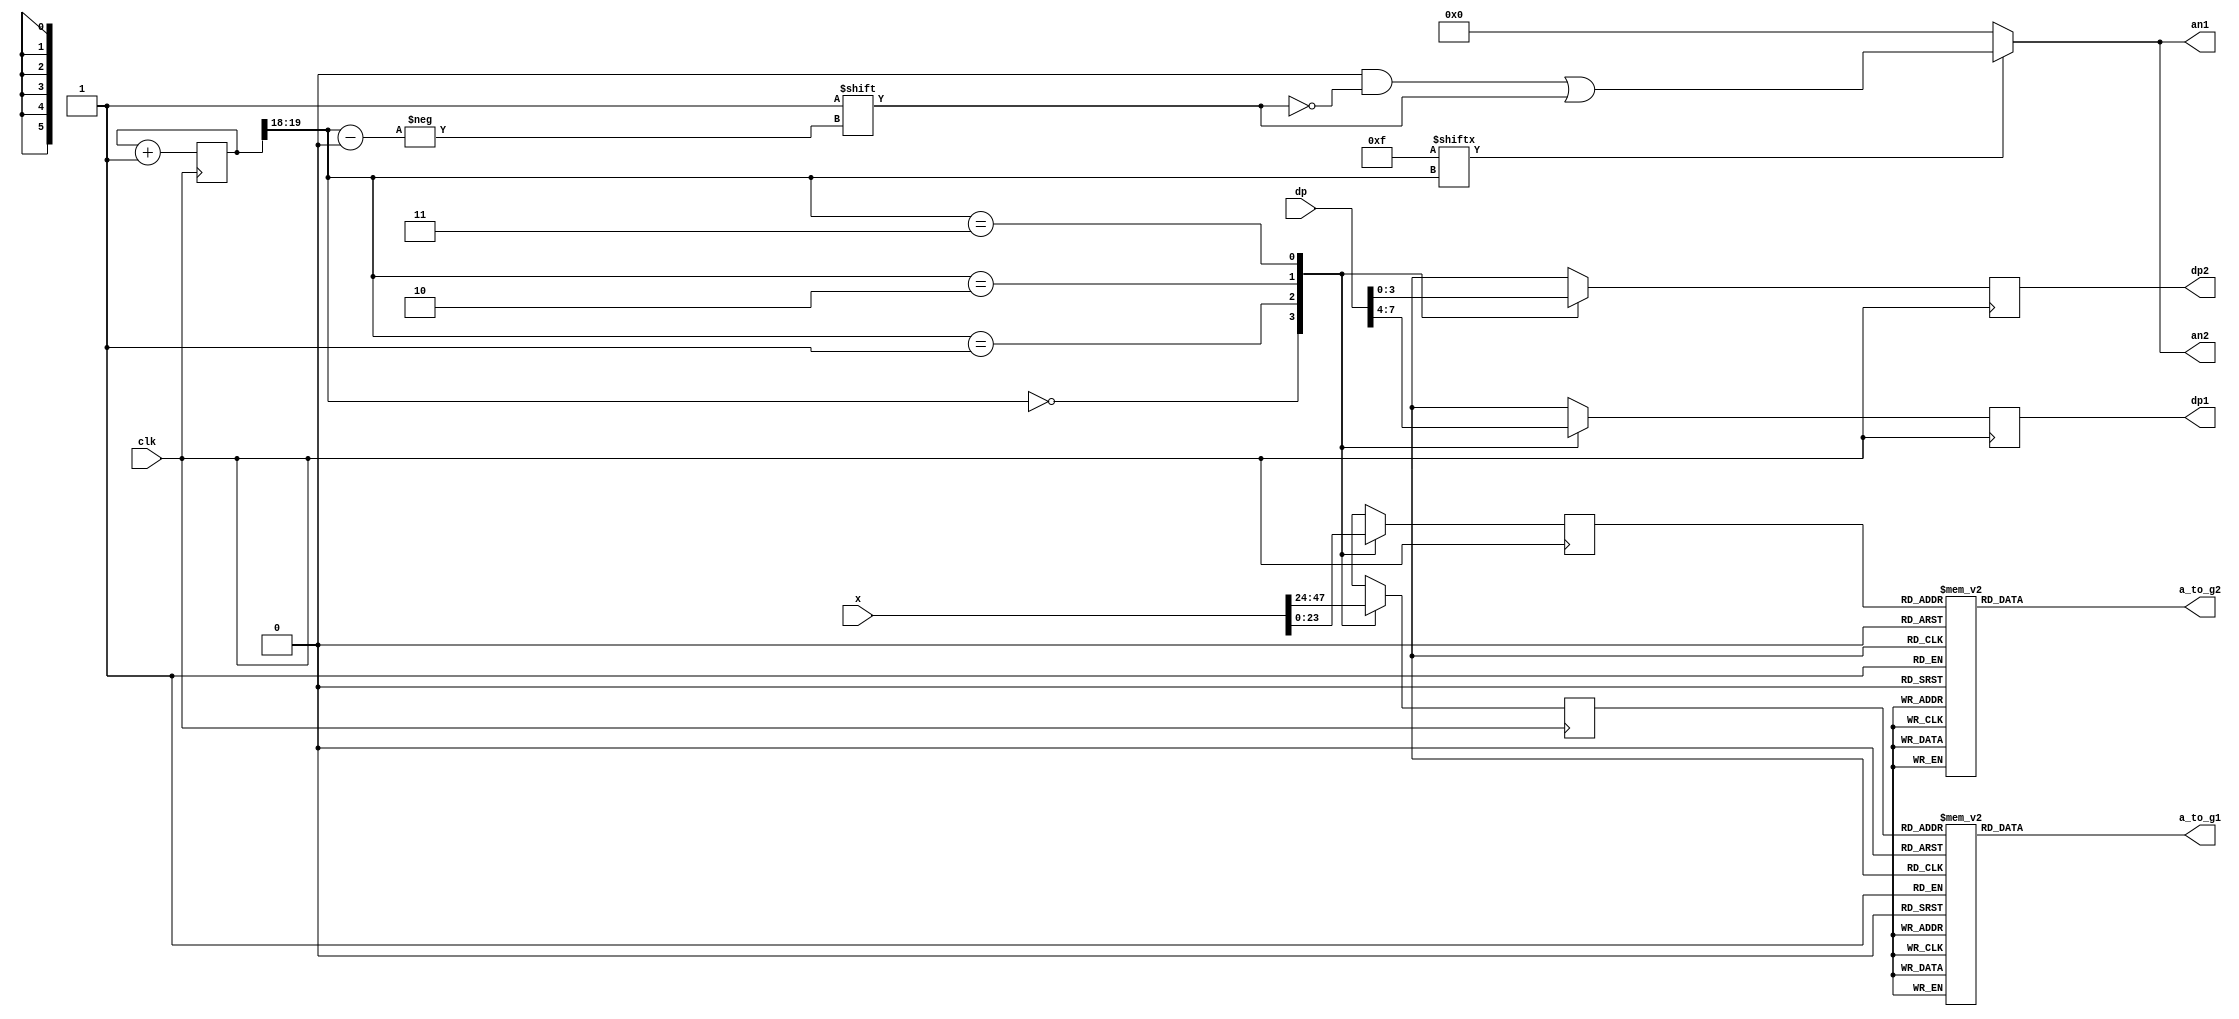
`timescale 1ns / 1ps
//////////////////////////////////////////////////////////////////////////////////
// Company: 
// Engineer: 
// 
// Design Name: 
// Module Name: seg7decimal
// Project Name: 
// Target Devices: 
// Tool Versions: 
// Description: 
// 
// Dependencies: 
// 
// Revision:
// Revision 0.01 - File Created
// Additional Comments:
// 
//////////////////////////////////////////////////////////////////////////////////


module seg7(
    input [47:0] x,
    input [7:0] dp,
    input clk,
    //input clr,
    //input [7:0]star,
    output reg [6:0] a_to_g1,
    output reg [3:0] an1,
    output reg [6:0] a_to_g2,
    output reg [3:0] an2,
    output reg dp1,
    output reg dp2//,
    //test
    /*output [19:0] clkdiv,
    output [5:0] digit1,
    output [5:0] digit2,
    output [3:0] aen*/
);


    wire [1:0] s;
    reg [5:0] digit1;
    reg [5:0] digit2;
    wire [3:0] aen;
    reg [19:0] clkdiv;
    //reg [7:0] onstar;

    initial begin
         dp1 = 0;
         dp2 = 0;
         //onstar = star;
    end
    assign s = clkdiv[19:18];
    assign aen = 4'b1111; // all turned off initially

    // quad 4to1 MUX.
    initial clkdiv = 20'b0;
    initial begin
        a_to_g1 = 7'b0000000;
        a_to_g2 = 7'b0000000;
    end
    always @(posedge clk) // or posedge clr)
    case(s)
        0:begin
            digit2 = x[23:18];
            digit1 = x[47:42];
            dp1 = dp[7];
            dp2 = dp[3];
        end // s is 00 -->0 ;  digit gets assigned 4 bit value assigned to x[3:0]
        1:begin
            digit2 = x[17:12];
            digit1 = x[41:36];
            dp1 = dp[6];
            dp2 = dp[2];
        end // s is 01 -->1 ;  digit gets assigned 4 bit value assigned to x[7:4]
        2:begin
            digit2 = x[11:6];
            digit1 = x[35:30]; // s is 10 -->2 ;  digit gets assigned 4 bit value assigned to x[11:8
            dp1 = dp[5];
            dp2 = dp[1];
        end
        3:begin
            digit2 = x[5:0];
            digit1 = x[29:24]; // s is 11 -->3 ;  digit gets assigned 4 bit value assigned to x[15:12]
            dp1 = dp[4];
            dp2 = dp[0];
        end
        default:begin
            digit2 = x[5:0];
            digit1 = x[29:24];
            dp1 = 0;
            dp2 = 0;
        end
    endcase

    //decoder or truth-table for 7a_to_g display values
    always @(*) begin
        case(digit1)
            //////////<---MSB-LSB<---
            //////////////gfedcba////////////////////////////////////////////              a
            0:a_to_g1 = 7'b0111111; ////0000                                                   __                    
            1:a_to_g1 = 7'b0000110; ////0001                                                f/      /b
            2:a_to_g1 = 7'b1011011; ////0010                                                                         __    
            3:a_to_g1 = 7'b1001111; ////0011                                              e /   /c
            4:a_to_g1 = 7'b1100110; ////0100                                                 __
            5:a_to_g1 = 7'b1101101; ////0101                                               d  
            6:a_to_g1 = 7'b1111101; ////0110
            7:a_to_g1 = 7'b0000111; ////0111
            8:a_to_g1 = 7'b1111111; ////1000
            9:a_to_g1 = 7'b1101111; ////1001
            'hA:a_to_g1 = 7'b1110111; // dash-(g)
            'hB:a_to_g1 = 7'b1111100; // all turned off
            'hC:a_to_g1 = 7'b0111001;
            'hD:a_to_g1 = 7'b1011110; // dash-(g)
            'hE:a_to_g1 = 7'b1111001; // all turned off
            'hF:a_to_g1 = 7'b1110001; //gfedcba
            16:a_to_g1 = 7'b0111101; //G
            17:a_to_g1 = 7'b1110110; //H
            18:a_to_g1 = 7'b0110000; //I
            19:a_to_g1 = 7'b0011110; //J
            20:a_to_g1 = 7'b1110100; //K
            21:a_to_g1 = 7'b0111000; //L
            22:a_to_g1 = 7'b0110111; //M
            23:a_to_g1 = 7'b1010100; //N
            24:a_to_g1 = 7'b1011100; //o
            25:a_to_g1 = 7'b1110011; //p
            26:a_to_g1 = 7'b1100111; //q
            27:a_to_g1 = 7'b1110000; //r
            28:a_to_g1 = 7'b1101101; //s
            29:a_to_g1 = 7'b1111000; //t
            30:a_to_g1 = 7'b0111110; //u
            31:a_to_g1 = 7'b0011100; //v
            32:a_to_g1 = 7'b0111110; //w
            33:a_to_g1 = 7'b1110110; //x
            34:a_to_g1 = 7'b1101110; //y
            35:a_to_g1 = 7'b1011011; //z
            36:a_to_g1 = 7'b0000001; //
            37:a_to_g1 = 7'b0000010; //
            38:a_to_g1 = 7'b0000100; //
            39:a_to_g1 = 7'b0001000; //
            40:a_to_g1 = 7'b0010000; //
            41:a_to_g1 = 7'b0100000; //
            42:a_to_g1 = 7'b0000111; //M
            63:a_to_g1 = 7'b0000000;
            default: a_to_g1 = 7'b1000000; // -
        endcase
    end
    always @(*) begin
        case(digit2)
            //////////<---MSB-LSB<---
            //////////////gfedcba////////////////////////////////////////////              a
            0:a_to_g2 = 7'b0111111; ////0000                                                   __                    
            1:a_to_g2 = 7'b0000110; ////0001                                                f/      /b
            2:a_to_g2 = 7'b1011011; ////0010                                                                         __    
            3:a_to_g2 = 7'b1001111; ////0011                                              e /   /c
            4:a_to_g2 = 7'b1100110; ////0100                                                 __
            5:a_to_g2 = 7'b1101101; ////0101                                               d  
            6:a_to_g2 = 7'b1111101; ////0110
            7:a_to_g2 = 7'b0000111; ////0111
            8:a_to_g2 = 7'b1111111; ////1000
            9:a_to_g2 = 7'b1101111; ////1001
            'hA:a_to_g2 = 7'b1110111; // dash-(g)
            'hB:a_to_g2 = 7'b1111100; // all turned off
            'hC:a_to_g2 = 7'b0111001;
            'hD:a_to_g2 = 7'b1011110; // dash-(g)
            'hE:a_to_g2 = 7'b1111001; // all turned off
            'hF:a_to_g2 = 7'b1110001; //gfedcba
            16:a_to_g2 = 7'b0111101; //G
            17:a_to_g2 = 7'b1110110; //H
            18:a_to_g2 = 7'b0110000; //I
            19:a_to_g2 = 7'b0011110; //J
            20:a_to_g2 = 7'b1110100; //K
            21:a_to_g2 = 7'b0111000; //L
            22:a_to_g2 = 7'b0110111; //M
            23:a_to_g2 = 7'b1010100; //N
            24:a_to_g2 = 7'b1011100; //o
            25:a_to_g2 = 7'b1110011; //p
            26:a_to_g2 = 7'b1100111; //q
            27:a_to_g2 = 7'b1110000; //r
            28:a_to_g2 = 7'b1101101; //s
            29:a_to_g2 = 7'b1111000; //t
            30:a_to_g2 = 7'b0111110; //u
            31:a_to_g2 = 7'b0011100; //v
            32:a_to_g2 = 7'b0111110; //w
            33:a_to_g2 = 7'b1110110; //x
            34:a_to_g2 = 7'b1101110; //y
            35:a_to_g2 = 7'b1011011; //z
            36:a_to_g2 = 7'b0000001; //
            37:a_to_g2 = 7'b0000010; //
            38:a_to_g2 = 7'b0000100; //
            39:a_to_g2 = 7'b0001000; //
            40:a_to_g2 = 7'b0010000; //
            41:a_to_g2 = 7'b0100000; //
            42:a_to_g2 = 7'b0000111; //M
            63:a_to_g2 = 7'b0000000;
            default: a_to_g2 = 7'b1000000; // -
        endcase
    end
    always @(*)begin
        an1=4'b0000;
        an2=4'b0000;
        if(aen[s] == 1)begin
            an1[s] = 1;
            an2[s] = 1;
        end
    end

    //clkdiv

    always @(posedge clk) begin
        //if ( clr == 1)
        //    clkdiv <= 0;
        //else
        clkdiv <= clkdiv+1;
    end

endmodule